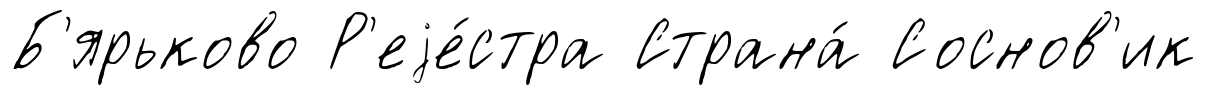
Б'ярьково Р'еjе́стра Страна́ Соснов'ик